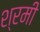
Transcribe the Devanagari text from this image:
श्रमी